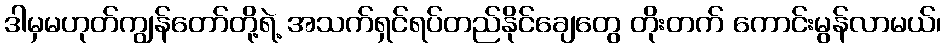
ဒါမှမဟုတ်ကျွန်တော်တို့ရဲ့ အသက်ရှင်ရပ်တည်နိုင်ချေတွေ တိုးတက် ကောင်းမွန်လာမယ်၊